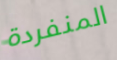
المنفردة